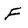
Character: F